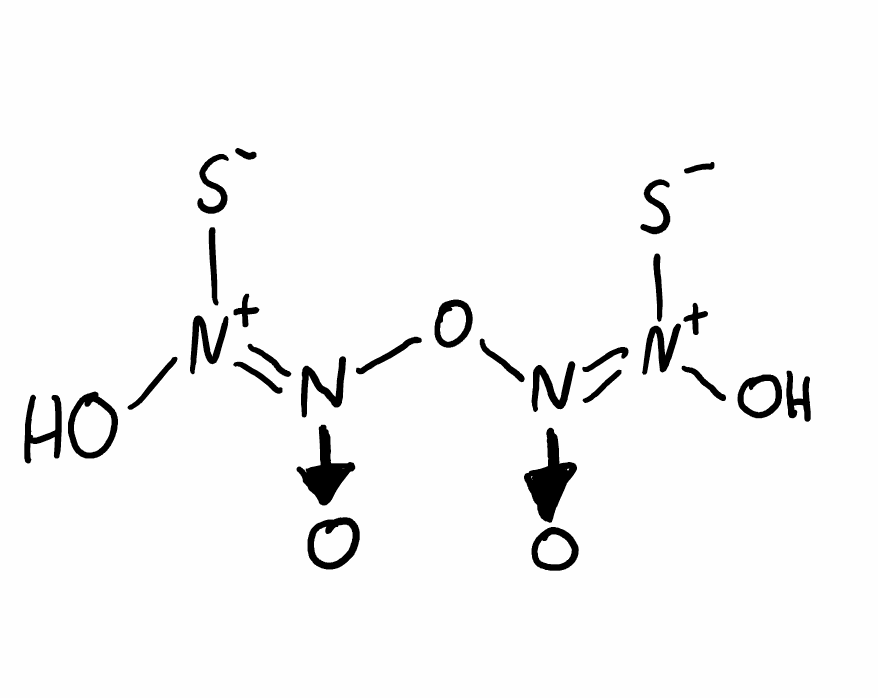
Simplified molecular-input line-entry system (SMILES) notation of the given molecule:
[N+](=[N+]([O-])O[N+](=[N+](O)[S-])[O-])(O)[S-]